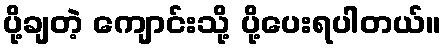
ပို့ချတဲ့ ကျောင်းသို့ ပို့ပေးရပါတယ်။